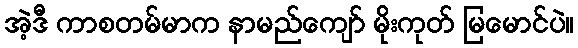
အဲ့ဒီ ကာစတမ်မာက နာမည်ကျော် မိုးကုတ် မြမောင်ပဲ။